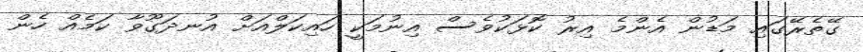
ގޭތެރޭގައި މަޑުން އެންމެ އިރު ކޮޅަކުވެސް އިނުމަކީ ހައިކަލްއަށް އުނދަގޫވާ ކަމެއް ހެން